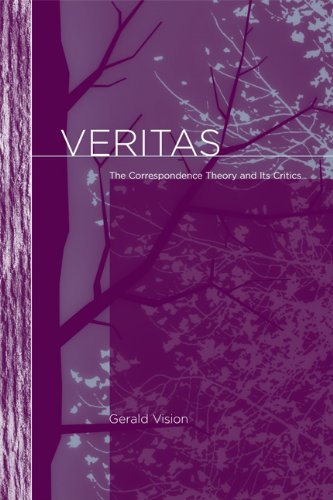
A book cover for Veritas: The Correspondence Theory and Its Critics (Bradford Books); Gerald Vision; Politics & Social Sciences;